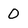
Character: o